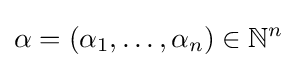
\alpha =(\alpha _{1},\dots ,\alpha _{n})\in \mathbb {N} ^{n}